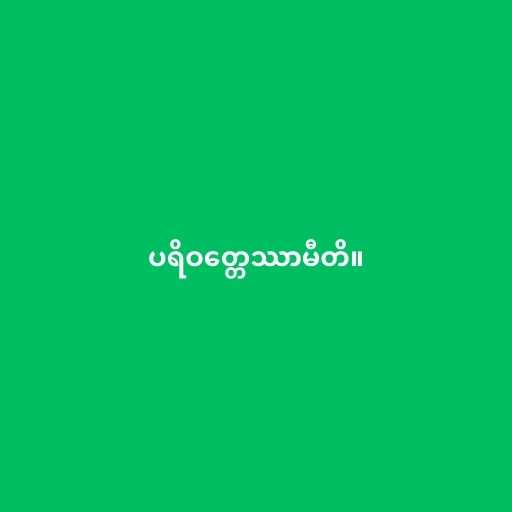
ပရိဝတ္တေဿာမီတိ။